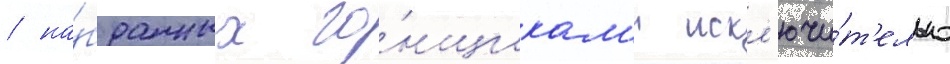
/ на́бранных го́нщикам'и искл'ючи́т'ельно